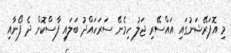
މި އޮޕަރޭޝަނުގައި އައްސޭރި ޖަލު ހިމެނޭ ސަރަހައްދު ބަލައި ފާސްކޮށް ދެ ފޯނާއި